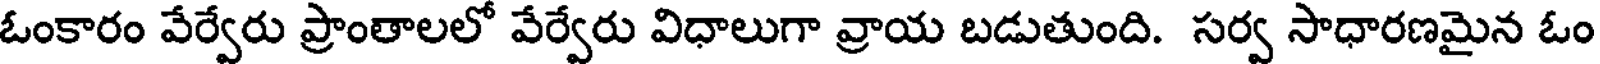
ఓంకారం వేర్వేరు ప్రాంతాలలో వేర్వేరు విధాలుగా వ్రాయ బడుతుంది. సర్వ సాధారణమైన ఓం